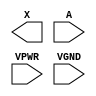
module sky130_fd_sc_hs__dlygate4sd2 (
    X   ,
    A   ,
    VPWR,
    VGND
);

    output X   ;
    input  A   ;
    input  VPWR;
    input  VGND;
endmodule